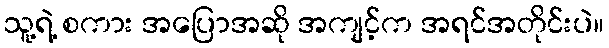
သူ့ရဲ့ စကား အပြောအဆို အကျင့်က အရင်အတိုင်းပဲ။